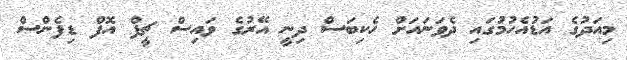
މިއަދުގެ އަޑުއެހުމުގައި ދެވަނައަށް ހެކިބަސް ދިނީ އޭރުގެ ވައިސް ޗީފް އޮފް ޑިފެންސް